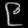
Digit: ၉